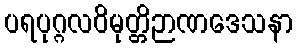
ပရပုဂ္ဂလဝိမုတ္တိဉာဏဒေသနာ